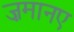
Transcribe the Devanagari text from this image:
ज़मानए